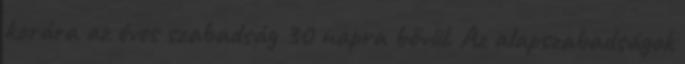
korára az éves szabadság 30 napra bővül. Az alapszabadságok